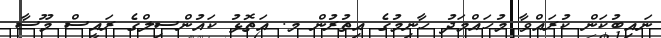
ނައިބުކަން ކުރައްވާ މުހައްމަދު ހާނިމުގެ އިތުރުން މ. އަތޮޅު ކައުންސިލްގެ ރައީސް މޫސާ